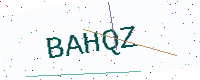
Text: BAHQZ